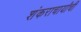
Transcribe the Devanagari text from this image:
शंकराचार्यांची